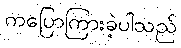
ကပြောကြားခဲ့ပါသည်